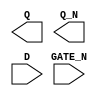
module sky130_fd_sc_hd__dlxbn (
    Q     ,
    Q_N   ,
    D     ,
    GATE_N
);

    output Q     ;
    output Q_N   ;
    input  D     ;
    input  GATE_N;

    // Voltage supply signals
    supply1 VPWR;
    supply0 VGND;
    supply1 VPB ;
    supply0 VNB ;

endmodule